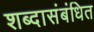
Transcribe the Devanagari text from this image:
शब्दासंबंधित